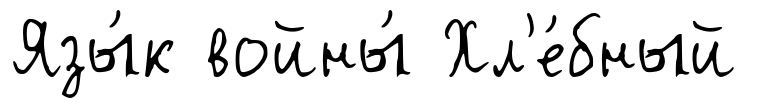
Язы́к войны́ Хл'е́бный